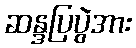
ဆန္ဒပြပွဲအား